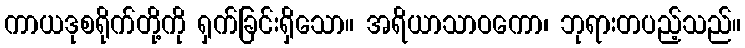
ကာယဒုစရိုက်တို့ကို ရှက်ခြင်းရှိသော။ အရိယာသာဝကော၊ ဘုရားတပည့်သည်။